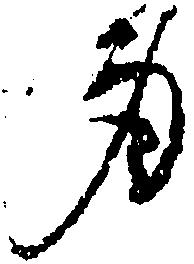
身